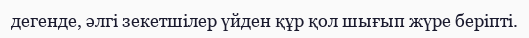
дегенде, әлгі зекетшілер үйден құр қол шығып жүре беріпті.